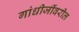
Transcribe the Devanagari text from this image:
गांधीजींवरील